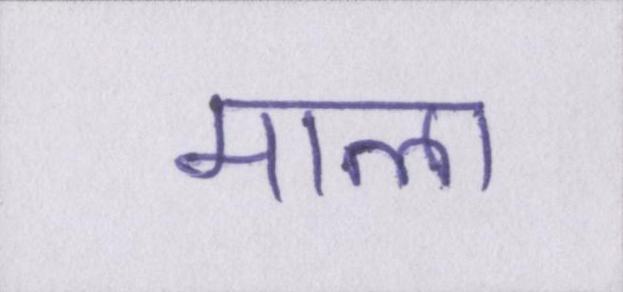
माला